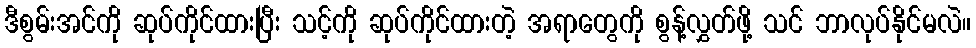
ဒီစွမ်းအင်ကို ဆုပ်ကိုင်ထားပြီး သင့်ကို ဆုပ်ကိုင်ထားတဲ့ အရာတွေကို စွန့်လွှတ်ဖို့ သင် ဘာလုပ်နိုင်မလဲ။